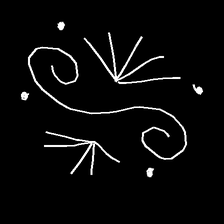
Glyph: aeroform